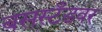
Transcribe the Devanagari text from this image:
बसस्टँडवर